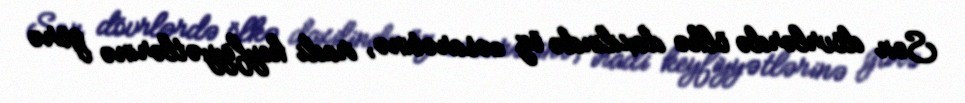
Son dövrlərdə ölkə daxilində öz cəsarətinə, iradi keyfiyyətlərinə görə